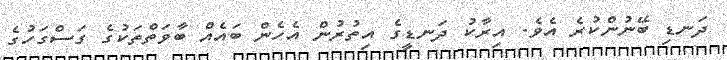
ދަނޑި ބޭނުންކުރެ އެވެ. އިރާކު ދަނޑީގެ އިތުރުން އެހެން ބައެއް ބާވަތްތަކުގެ ގަސްގަހުގެ